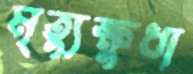
মৃত্যুক্ষুধা